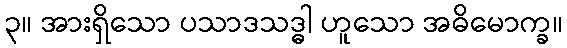
၃။ အားရှိသော ပသာဒသဒ္ဓါ ဟူသော အဓိမောက္ခ။